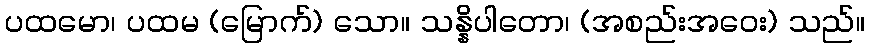
ပထမော၊ ပထမ (မြောက်) သော။ သန္နိပါတော၊ (အစည်းအဝေး) သည်။